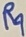
Text: R9